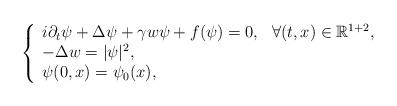
LaTeX: \begin{align*}\left\{\begin{array}{ll}i\partial _{t}\psi +\Delta \psi +\gamma w\psi +f(\psi )=0,& \forall(t,x)\in \mathbb{R}^{1+2}, \\-\Delta w=|\psi |^{2}, & \\\psi (0,x)=\psi _{0}(x), &\end{array}\right. \end{align*}